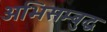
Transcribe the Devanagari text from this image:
अभिसम्बुद्ध